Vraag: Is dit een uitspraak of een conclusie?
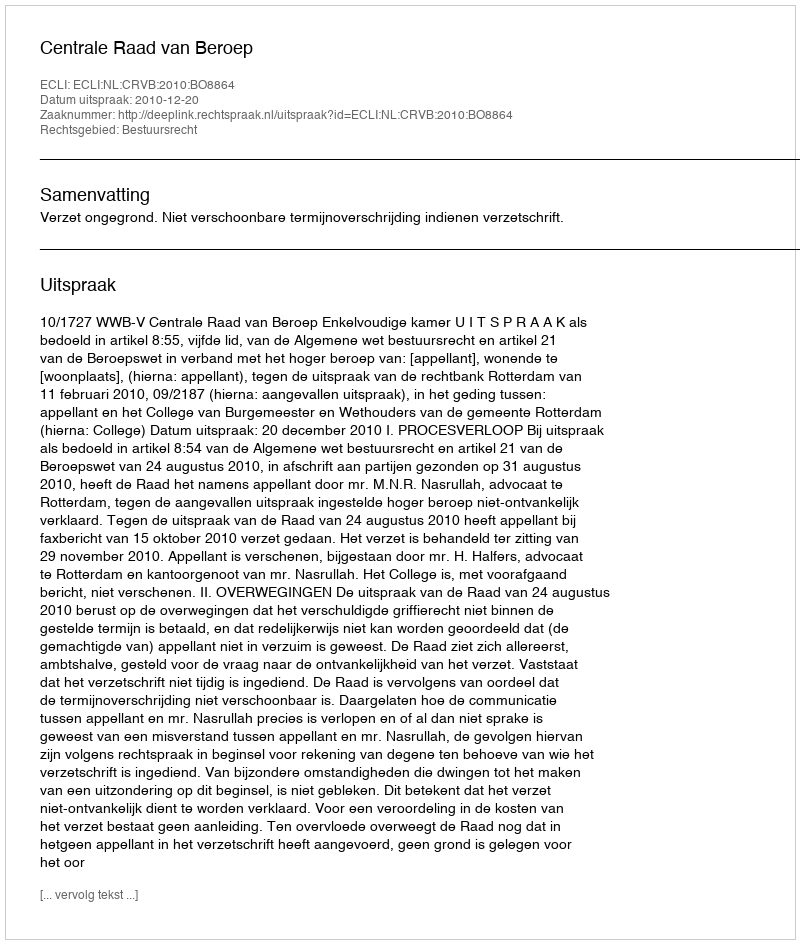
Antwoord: Uitspraak